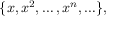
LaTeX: \{ x , x ^ { 2 } , \ldots , x ^ { n } , \ldots \} ,